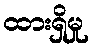
ထားရှိမှု